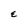
Character: E